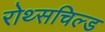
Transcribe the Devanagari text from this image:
रोथ्सचिल्ड